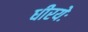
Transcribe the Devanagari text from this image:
धीरयेः